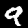
Digit: 9